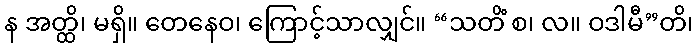
န အတ္ထိ၊ မရှိ။ တေနေဝ၊ ကြောင့်သာလျှင်။ “သတိံ စ၊ လ။ ဝဒါမီ”တိ၊